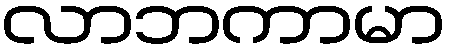
လာဘကာမာ